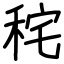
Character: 秺